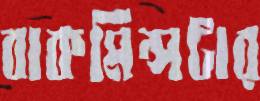
বাকমিন্সটার